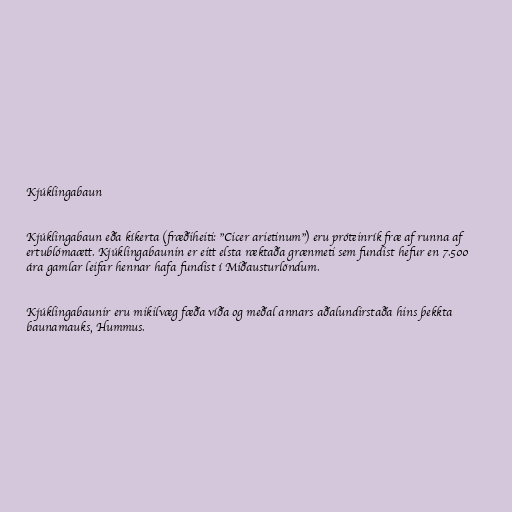
Kjúklingabaun

Kjúklingabaun eða kíkerta (fræðiheiti: "Cicer arietinum") eru próteinrík fræ af runna af
ertublómaætt. Kjúklingabaunin er eitt elsta ræktaða grænmeti sem fundist hefur en 7.500
ára gamlar leifar hennar hafa fundist í Miðausturlöndum.

Kjúklingabaunir eru mikilvæg fæða víða og meðal annars aðalundirstaða hins þekkta
baunamauks, Hummus.